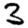
Digit: 3